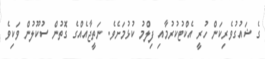
ގެ ޝައުގުވެރިކަން ހުރީ އެކްޓުކުރުމާއި ފިލްމު ކުޅުމަށެވެ. ނަތީޖާއެއްގެ ގޮތުން ސުކޫލުން ވަކިވެ